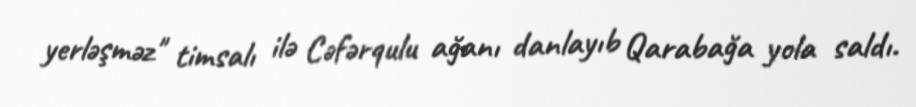
yerləşməz" timsalı ilə Cəfərqulu ağanı danlayıb Qarabağa yola saldı.